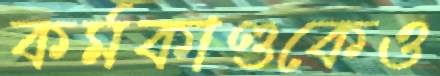
কর্মকাণ্ডকেও